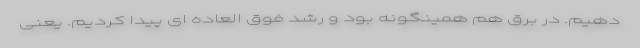
دهیم. در برق هم همینگونه بود و رشد فوق العاده ای پیدا کردیم. یعنی